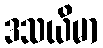
ဒသယိမာ